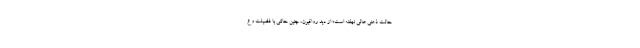
حالت ذهنی عالی نهفته است؛ از دید رواقیون، چنین حالتی با فضیلت و ع